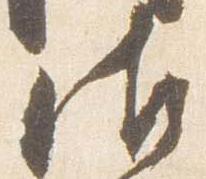
御